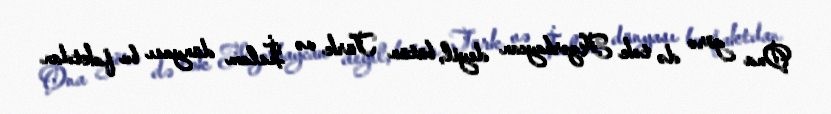
Ona görə də tək Azərbaycan deyil, bütün Türk və İslam dünyası bu faktdan